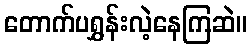
တောက်ပရွှန်းလဲ့နေကြဆဲ။